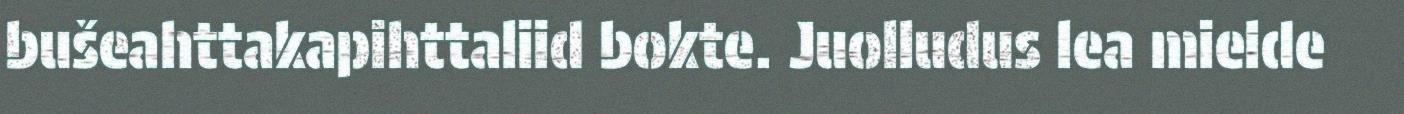
bušeahttakapihttaliid bokte. Juolludus lea mielde